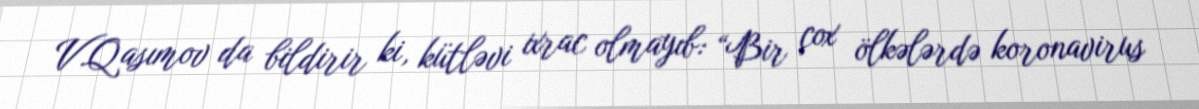
V.Qasımov da bildirir ki, kütləvi ixrac olmayıb: “Bir çox ölkələrdə koronavirus